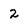
Character: 2